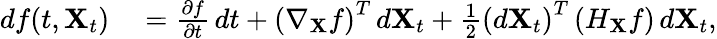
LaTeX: \begin{array}{rl}{df(t,\mathbf{X}_{t})}&{{}={\frac{\partial f}{\partial t}}\, dt+\left(\nabla_{\mathbf{X}}f\right)^{T}\, d\mathbf{X}_{t}+{\frac{1}{2}}\left(d\mathbf{X}_{t}\right)^{T}\left(H_{\mathbf{X}}f\right)\, d\mathbf{X}_{t},}\end{array}